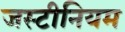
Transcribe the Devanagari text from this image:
जस्टीनियम